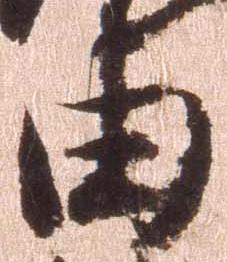
由